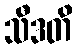
သီဒတိ